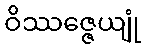
ဝိဿဇ္ဇေယျုံ